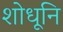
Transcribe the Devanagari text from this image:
शोधूनि